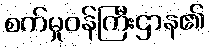
စက်မှုဝန်ကြီးဌာန၏